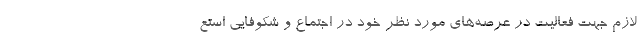
لازم جهت فعالیت در عرصه‌های مورد نظر خود در اجتماع و شکوفایی استع